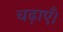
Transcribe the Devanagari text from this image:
चढ़ाएँ।